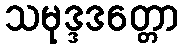
သမုဒ္ဒဒတ္တော